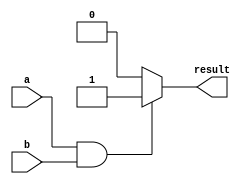
module simple_assign(
  input a,
  input b,
  output reg result
);

always @*
begin
  if(a && b)
    result = 1;
  else
    result = 0;
end

endmodule